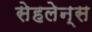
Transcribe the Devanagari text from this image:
सेहलेन्स